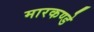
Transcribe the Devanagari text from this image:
मारकण्डे